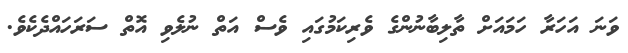
ވަނަ އަހަރާ ހަމައަށް ތާލިބާނުންގެ ވެރިކަމުގައި ވެސް އަތް ނުލެވި އޮތް ސަރަހައްދެކެވެ.